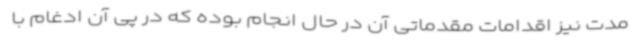
مدت نیز اقدامات مقدماتی آن در حال انجام بوده که در پی آن ادغام با